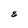
Character: E